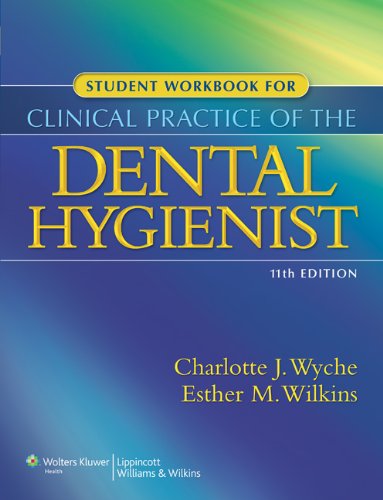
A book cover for Student Workbook for Clinical Practice of the Dental Hygienist; Charlotte J. Wyche RDH  MS; Medical Books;